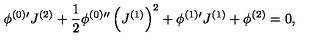
\phi ^ { ( 0 ) \prime } J ^ { ( 2 ) } + \frac { 1 } { 2 } \phi ^ { ( 0 ) \prime \prime } \left( J ^ { ( 1 ) } \right) ^ { 2 } + \phi ^ { ( 1 ) \prime } J ^ { ( 1 ) } + \phi ^ { ( 2 ) } = 0 , \,